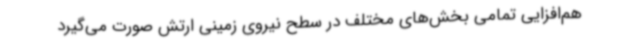
هم‌افزایی تمامی بخش‌های مختلف در سطح نیروی زمینی ارتش صورت می‌گیرد